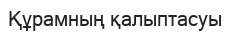
Құрамның қалыптасуы